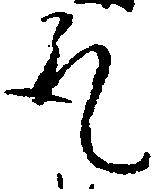
取